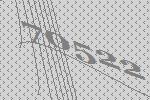
70522